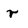
Character: r